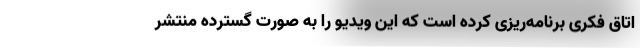
اتاق فکری برنامه‌ریزی کرده است که این ویدیو را به صورت گسترده منتشر